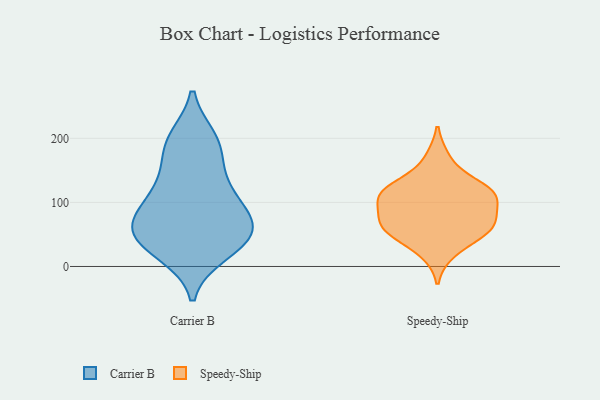
{"axis": {"x": "Operating Costs (USD K)", "y": "Value"}, "legend": ["Carrier B", "Speedy-Ship"], "data": [{"x": "", "y": 56, "type": "Carrier B"}, {"x": "", "y": 200, "type": "Carrier B"}, {"x": "", "y": 107, "type": "Carrier B"}, {"x": "", "y": 36, "type": "Carrier B"}, {"x": "", "y": 138, "type": "Carrier B"}, {"x": "", "y": 23, "type": "Carrier B"}, {"x": "", "y": 197, "type": "Carrier B"}, {"x": "", "y": 191, "type": "Carrier B"}, {"x": "", "y": 52, "type": "Carrier B"}, {"x": "", "y": 52, "type": "Carrier B"}, {"x": "", "y": 85, "type": "Carrier B"}, {"x": "", "y": 113, "type": "Carrier B"}, {"x": "", "y": 58, "type": "Carrier B"}, {"x": "", "y": 158, "type": "Carrier B"}, {"x": "", "y": 63, "type": "Carrier B"}, {"x": "", "y": 20, "type": "Carrier B"}, {"x": "", "y": 90, "type": "Carrier B"}, {"x": "", "y": 114, "type": "Speedy-Ship"}, {"x": "", "y": 66, "type": "Speedy-Ship"}, {"x": "", "y": 82, "type": "Speedy-Ship"}, {"x": "", "y": 169, "type": "Speedy-Ship"}, {"x": "", "y": 113, "type": "Speedy-Ship"}, {"x": "", "y": 68, "type": "Speedy-Ship"}, {"x": "", "y": 108, "type": "Speedy-Ship"}, {"x": "", "y": 102, "type": "Speedy-Ship"}, {"x": "", "y": 60, "type": "Speedy-Ship"}, {"x": "", "y": 48, "type": "Speedy-Ship"}, {"x": "", "y": 57, "type": "Speedy-Ship"}, {"x": "", "y": 127, "type": "Speedy-Ship"}, {"x": "", "y": 22, "type": "Speedy-Ship"}, {"x": "", "y": 124, "type": "Speedy-Ship"}]}